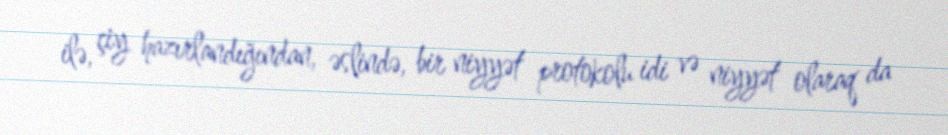
ilə, çiy hazırlandığından, əslində, bir niyyət protokolu idi və niyyət olaraq da